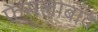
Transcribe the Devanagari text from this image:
फ़ेसलाबाद